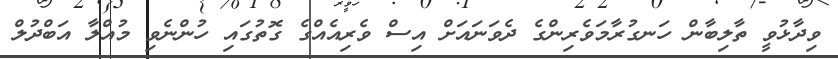
ވިދާޅުވީ ތާލިބާން ހަނގުރާމަވެރިންގެ ދެވަނައަށް އިސް ވެރިއެއްގެ ގޮތުގައި ހުންނެވި މުއްލާ އަބްދުލް